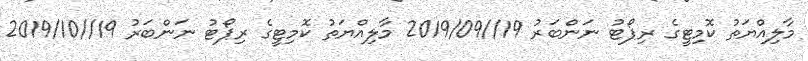
މާލިއްޔަތު ކޮމިޓީގެ ރިޕޯޓު ނަންބަރު 19//2019/09 މާލިއްޔަތު ކޮމިޓީގެ ރިޕޯޓު ނަންބަރު 19//2019/10